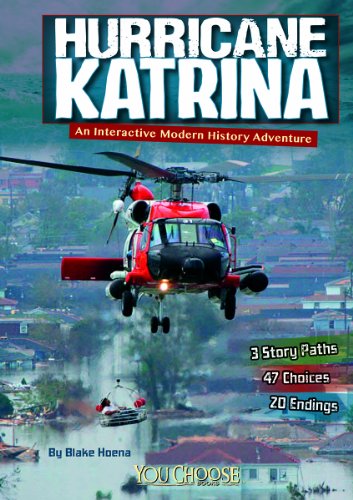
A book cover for Hurricane Katrina: An Interactive Modern History Adventure (You Choose: Modern History); Blake Hoena; Science & Math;